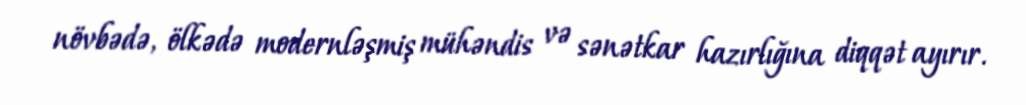
növbədə, ölkədə modernləşmiş mühəndis və sənətkar hazırlığına diqqət ayırır.